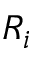
R _ { i }